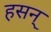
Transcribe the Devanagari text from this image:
हसन्